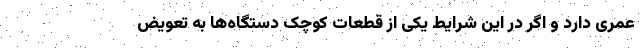
عمری دارد و اگر در این شرایط یکی از قطعات کوچک دستگاه‌ها به تعویض